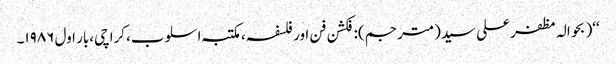
‘‘( بحوالہ مظفر علی سید(مترجم):فکشن فن اور فلسفہ،مکتبہ اسلوب،کراچی،بار اول ۱۹۸۶۔